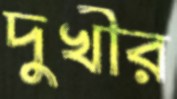
দুখীর